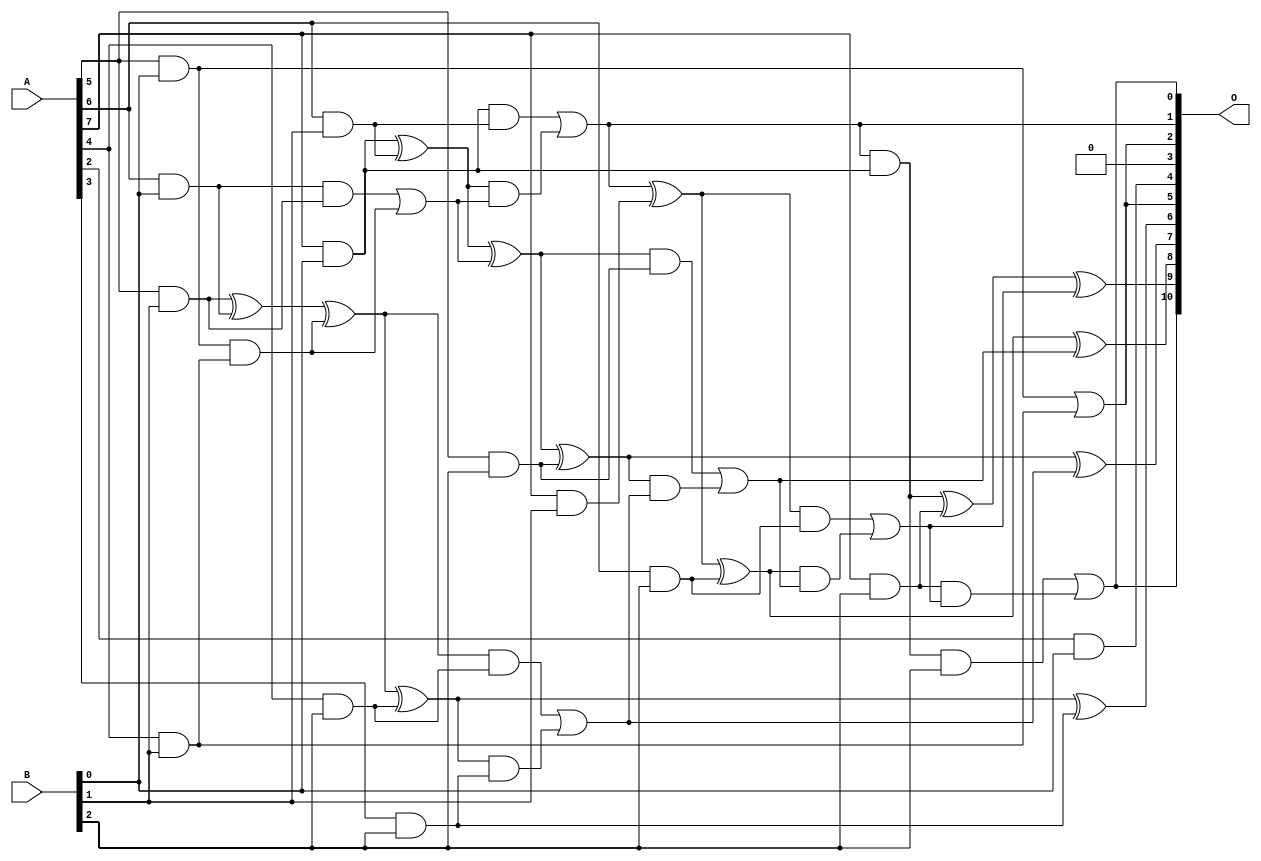
// This program was cloned from: https://github.com/ehw-fit/evoapproxlib
// License: MIT License

/***
* This code is a part of EvoApproxLib library (ehw.fit.vutbr.cz/approxlib) distributed under The MIT License.
* When used, please cite the following article(s): V. Mrazek, L. Sekanina, Z. Vasicek "Libraries of Approximate Circuits: Automated Design and Application in CNN Accelerators" IEEE Journal on Emerging and Selected Topics in Circuits and Systems, Vol 10, No 4, 2020 
* This file contains a circuit from a sub-set of pareto optimal circuits with respect to the pwr and wce parameters
***/
// MAE% = 0.61 %
// MAE = 12 
// WCE% = 2.20 %
// WCE = 45 
// WCRE% = 300.00 %
// EP% = 84.18 %
// MRE% = 9.54 %
// MSE = 265 
// PDK45_PWR = 0.037 mW
// PDK45_AREA = 121.5 um2
// PDK45_DELAY = 0.57 ns

module mul8x3u_1Y6 (
    A,
    B,
    O
);

input [7:0] A;
input [2:0] B;
output [10:0] O;

wire sig_16,sig_17,sig_18,sig_23,sig_24,sig_25,sig_26,sig_31,sig_44,sig_45,sig_50,sig_52,sig_53,sig_54,sig_55,sig_56,sig_57,sig_58,sig_59,sig_60;
wire sig_63,sig_64,sig_65,sig_66,sig_67,sig_68,sig_86,sig_87,sig_88,sig_89,sig_90,sig_91,sig_92,sig_93,sig_94,sig_95,sig_96,sig_97,sig_98,sig_99;
wire sig_100,sig_101,sig_102,sig_103,sig_104,sig_105;

assign sig_16 = A[5] & B[0];
assign sig_17 = A[6] & B[0];
assign sig_18 = A[7] & B[0];
assign sig_23 = A[4] & B[1];
assign sig_24 = A[5] & B[1];
assign sig_25 = A[6] & B[1];
assign sig_26 = A[7] & B[1];
assign sig_31 = sig_24 ^ sig_17;
assign sig_44 = sig_16 | sig_23;
assign sig_45 = sig_16 & sig_23;
assign sig_50 = sig_17 & sig_24;
assign sig_52 = sig_31 ^ sig_45;
assign sig_53 = sig_50 | sig_45;
assign sig_54 = sig_18 ^ sig_25;
assign sig_55 = sig_18 & sig_25;
assign sig_56 = sig_54 & sig_53;
assign sig_57 = sig_54 ^ sig_53;
assign sig_58 = sig_55 | sig_56;
assign sig_59 = sig_58 & sig_18;
assign sig_60 = sig_58 ^ sig_26;
assign sig_63 = A[2] & B[0];
assign sig_64 = A[3] & B[2];
assign sig_65 = A[4] & B[2];
assign sig_66 = A[5] & B[2];
assign sig_67 = A[6] & B[2];
assign sig_68 = A[7] & B[2];
assign sig_86 = sig_52 ^ sig_65;
assign sig_87 = sig_52 & sig_65;
assign sig_88 = sig_86 & sig_64;
assign sig_89 = sig_86 ^ sig_64;
assign sig_90 = sig_87 | sig_88;
assign sig_91 = sig_57 ^ sig_66;
assign sig_92 = sig_57 & sig_66;
assign sig_93 = sig_91 & sig_90;
assign sig_94 = sig_91 ^ sig_90;
assign sig_95 = sig_92 | sig_93;
assign sig_96 = sig_60 ^ sig_67;
assign sig_97 = sig_60 & sig_67;
assign sig_98 = sig_96 & sig_95;
assign sig_99 = sig_96 ^ sig_95;
assign sig_100 = sig_97 | sig_98;
assign sig_101 = sig_59 ^ sig_68;
assign sig_102 = sig_59 & B[2];
assign sig_103 = sig_68 & sig_100;
assign sig_104 = sig_101 ^ sig_100;
assign sig_105 = sig_102 | sig_103;

assign O[10] = sig_105;
assign O[9] = sig_104;
assign O[8] = sig_99;
assign O[7] = sig_94;
assign O[6] = sig_89;
assign O[5] = sig_44;
assign O[4] = sig_63;
assign O[3] = 1'b0;
assign O[2] = sig_44;
assign O[1] = sig_58;
assign O[0] = sig_105;

endmodule